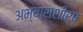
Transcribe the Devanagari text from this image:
अभ्यासशीर्ष